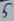
Text: 5